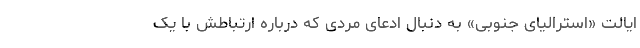
ایالت «استرالیای جنوبی» به دنبال ادعای مردی که درباره ارتباطش با یک